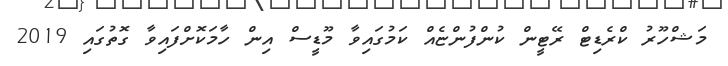
މަޝްހޫރު ކްރެޑިޓް ރޭޓީން ކުންފުންޏެއް ކަމުގައިވާ މޫޑީސް އިން ހާމަކޮށްފައިވާ ގޮތުގައި 2019